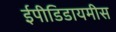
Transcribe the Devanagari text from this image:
ईपीडिडायमीस